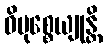
ဝိမုစ္စေယျုန္တိ